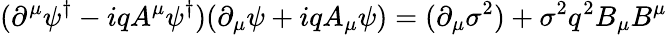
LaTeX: (\partial^{\mu}\psi^{\dagger}-iqA^{\mu}\psi^{\dagger})(\partial_{\mu}\psi+iqA_{\mu}\psi)=(\partial_{\mu}\sigma^{2})+\sigma^{2}q^{2}B_{\mu}B^{\mu}